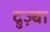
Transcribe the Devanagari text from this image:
द्रुज़्बा